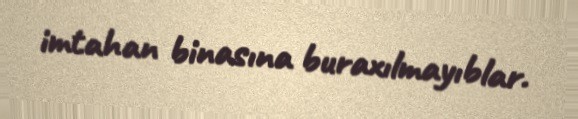
imtahan binasına buraxılmayıblar.